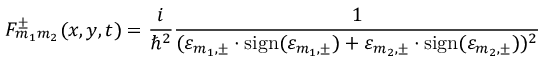
{ \cal F } _ { m _ { 1 } m _ { 2 } } ^ { \pm } ( x , y , t ) = \frac { i } { { \hbar } ^ { 2 } } \frac { 1 } { ( { \varepsilon } _ { m _ { 1 } , \pm } \cdot \mathrm { s i g n } ( { \varepsilon } _ { m _ { 1 } , \pm } ) + { \varepsilon } _ { m _ { 2 } , \pm } \cdot \mathrm { s i g n } ( { \varepsilon } _ { m _ { 2 } , \pm } ) ) ^ { 2 } }